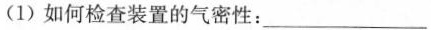
(1)如何检查装置的气密性：___